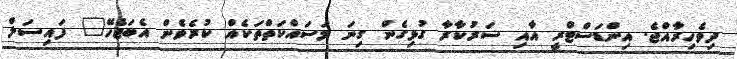
ދިވެހިރާއްޖެ. އިންޑަސްޓްރީ އާއި ސަރުކާރާ ގުޅިގެން ގިނަ މަސައްކަތްތަކެއް ކުރެވެން އެބަޖެހޭ" ފައިސަލް